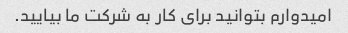
امیدوارم بتوانید برای کار به شرکت ما بیایید.